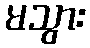
မသွား